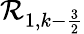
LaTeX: \mathcal{R}_{1,k-\frac{3}{2}}